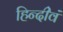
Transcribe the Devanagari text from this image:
हिन्दीेवं